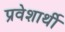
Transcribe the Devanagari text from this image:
प्रवेशार्थी